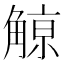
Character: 𧤚